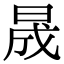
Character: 晟